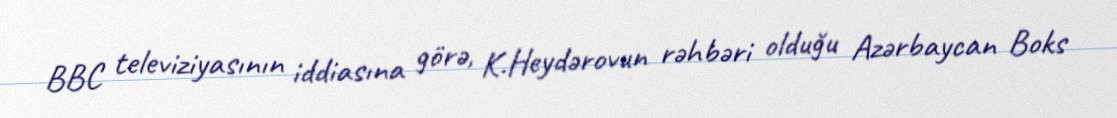
BBC televiziyasının iddiasına görə, K.Heydərovun rəhbəri olduğu Azərbaycan Boks